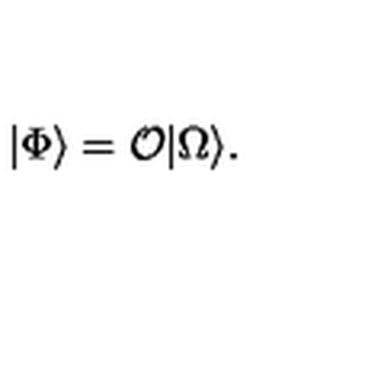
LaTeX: | \Phi \rangle = { \cal O } | \Omega \rangle .